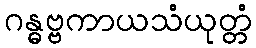
ဂန္ဓဗ္ဗကာယသံယုတ္တံ